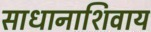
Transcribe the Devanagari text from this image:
साधानाशिवाय